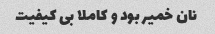
نان خمیر بود و کاملا بی کیفیت